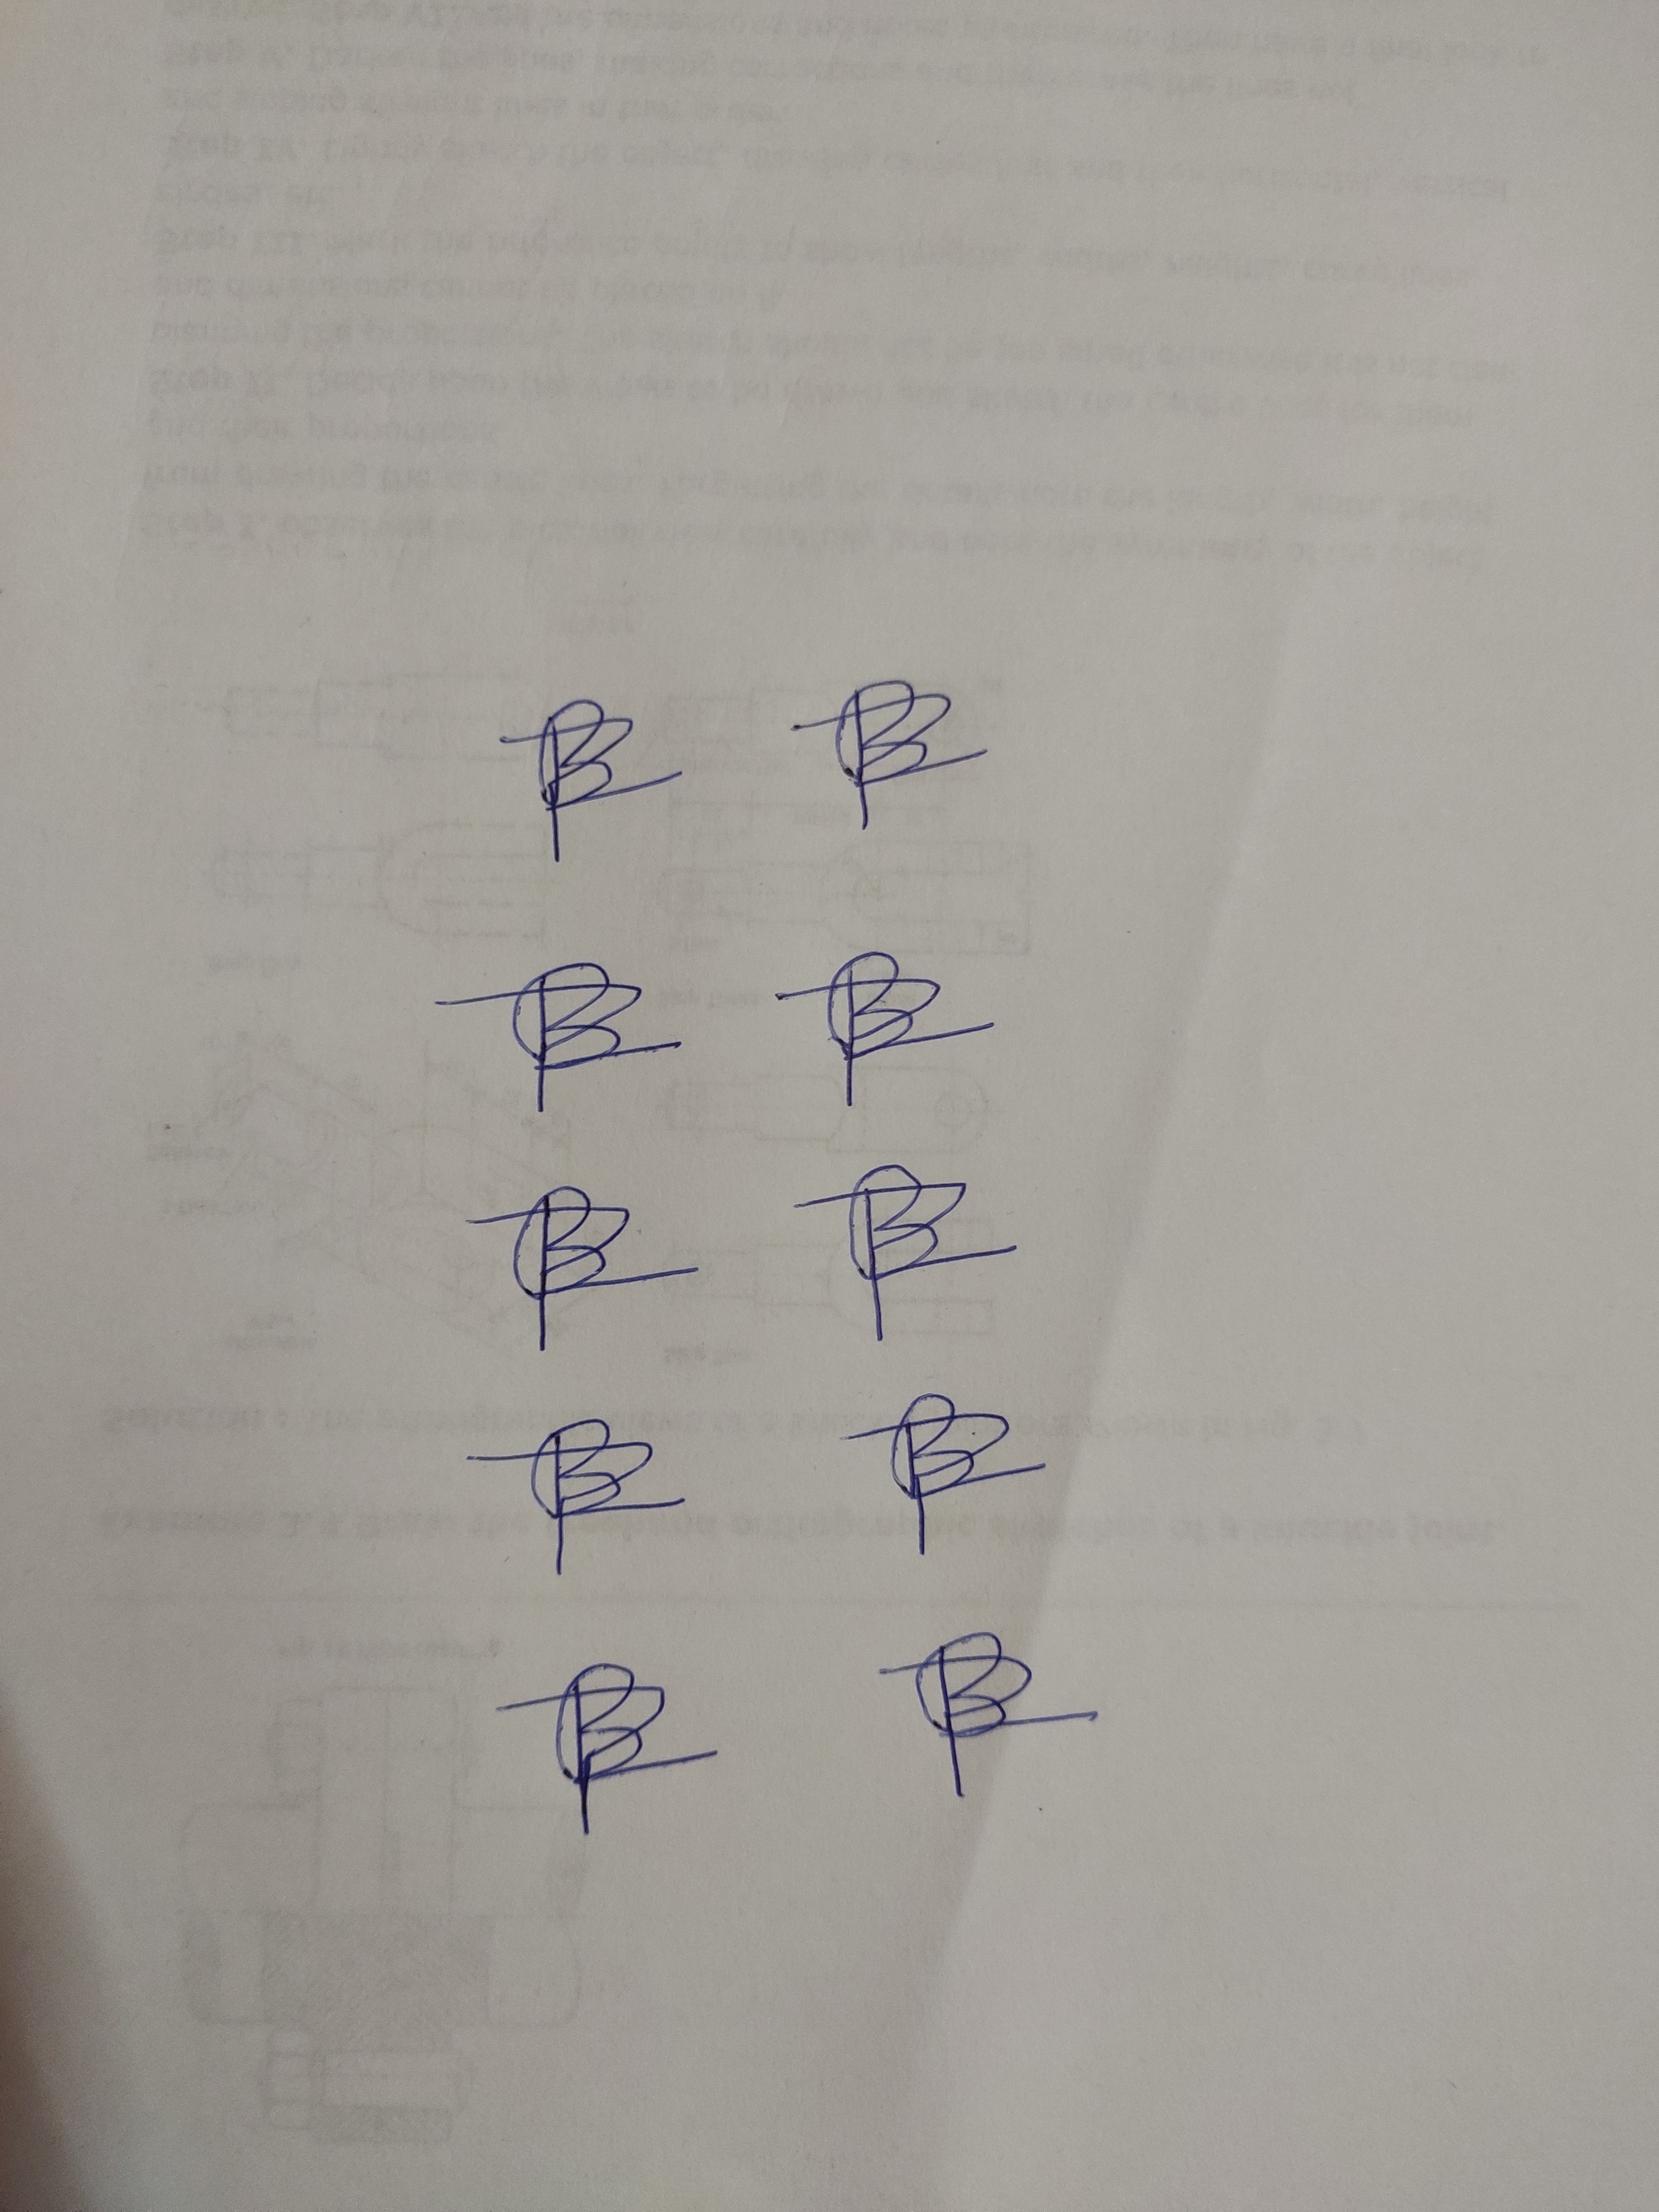
Signature authenticity: forged